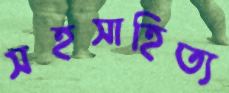
সহসাহিত্য